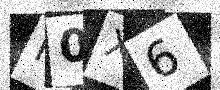
Text: M0X6